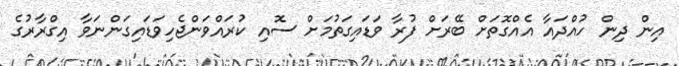
އިން ދިން ހުއްދައާ އެއްގޮތަށް ބޭރަށް ފުރާ ވަޑައިގަތުމަށް ސޮއި ކުރައްވަންޖެހިވަޑައިގަންނަވާ އިގްރާރުގެ